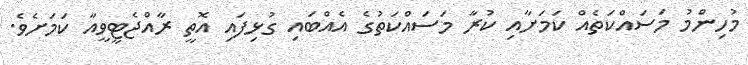
މުހިންމު މަސައްކަތެއް ކަމަށާއި ކުރާ މަސައްކަތުގެ އެއްބައި ގުޅިފައި އޮތީ ރާއްޖެޓީވީއާ ކަމަށެވެ.